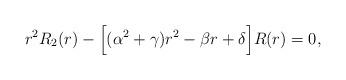
LaTeX: \begin{align*}r^{2}R_{2}(r)-\Big[(\alpha^{2}+\gamma)r^{2}-\beta{r}+\delta\Big]R(r)=0, \end{align*}